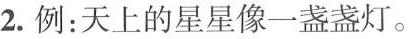
2.例：天上的星星像一盏盏灯。